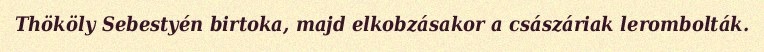
Thököly Sebestyén birtoka, majd elkobzásakor a császáriak lerombolták.